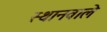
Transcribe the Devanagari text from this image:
स्थानवाले